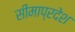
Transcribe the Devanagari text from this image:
सीमाप्रदेश